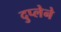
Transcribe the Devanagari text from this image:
दुप्लेने